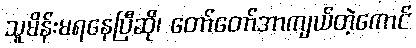
သူမိန်းမရနေပြီဆို၊ တော်တော်အာကျယ်တဲ့ကောင်